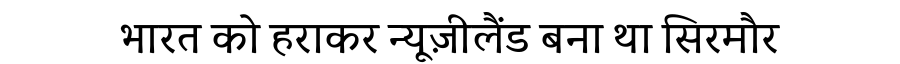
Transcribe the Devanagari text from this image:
भारत को हराकर न्यूज़ीलैंड बना था सिरमौर